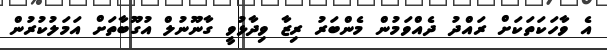
އެ ވާހަކަތަކަށް ރައްދު ދެއްވަމުން މެންބަރު ރިޒާ ވިދާޅުވީ ގާނޫނުލް އުގޫބާތަށް އަމަލުކުރުން